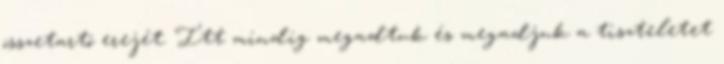
összetartó erejét. Itt mindig megadtuk és megadjuk a tiszteletet